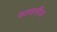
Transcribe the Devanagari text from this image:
स्तवनीय